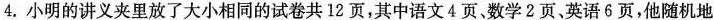
4.小明的讲义夹里放了大小相同的试卷共12页，其中语文4页、数学2页、英语6页，他随机地